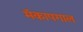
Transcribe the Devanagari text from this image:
मॅकापगाल